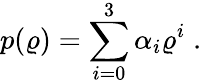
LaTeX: p(\varrho)=\sum_{i=0}^{3}\alpha_{i}\varrho^{i}\; .